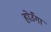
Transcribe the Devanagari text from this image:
होउँगा